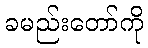
ခမည်းတော်ကို